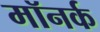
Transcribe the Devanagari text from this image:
मॉनर्क